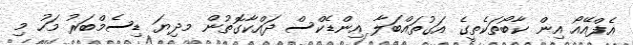
އެފްއޭއޯ އިން ކާބޯތަކެތީގެ އަގުތައްބަލާ އިންޑެކްސް ދައްކާގޮތުން މދިޔަ ޑިސެމްބަރު މަހު މި